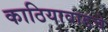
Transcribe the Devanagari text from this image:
काठियावाडचे